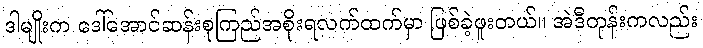
ဒါမျိုးက ဒေါ်အောင်ဆန်းစုကြည်အစိုးရလက်ထက်မှာ ဖြစ်ခဲ့ဖူးတယ်။ အဲဒီတုန်းကလည်း